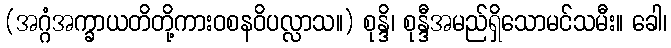
(အဂ္ဂံအက္ခာယတိတို့ကားဝစနဝိပလ္လာသ။) စုန္ဒိ၊ စုန္ဒီအမည်ရှိသောမင်သမီး။ ခေါ၊